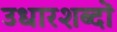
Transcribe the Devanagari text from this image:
उधारशब्दों